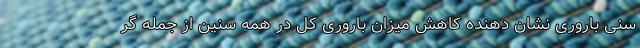
سنی باروری نشان دهنده کاهش میزان باروری کل در همه سنین از جمله گر